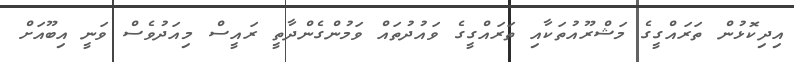
އިދިކޮޅުން ތަރައްގީގެ މަޝްރޫއުތަކާއި ތަރައްގީގެ ވައުދުތައް ވަމުންގެންދާތީ ރައީސް މިއަދުވެސް ވަނީ އިބޫއަށް